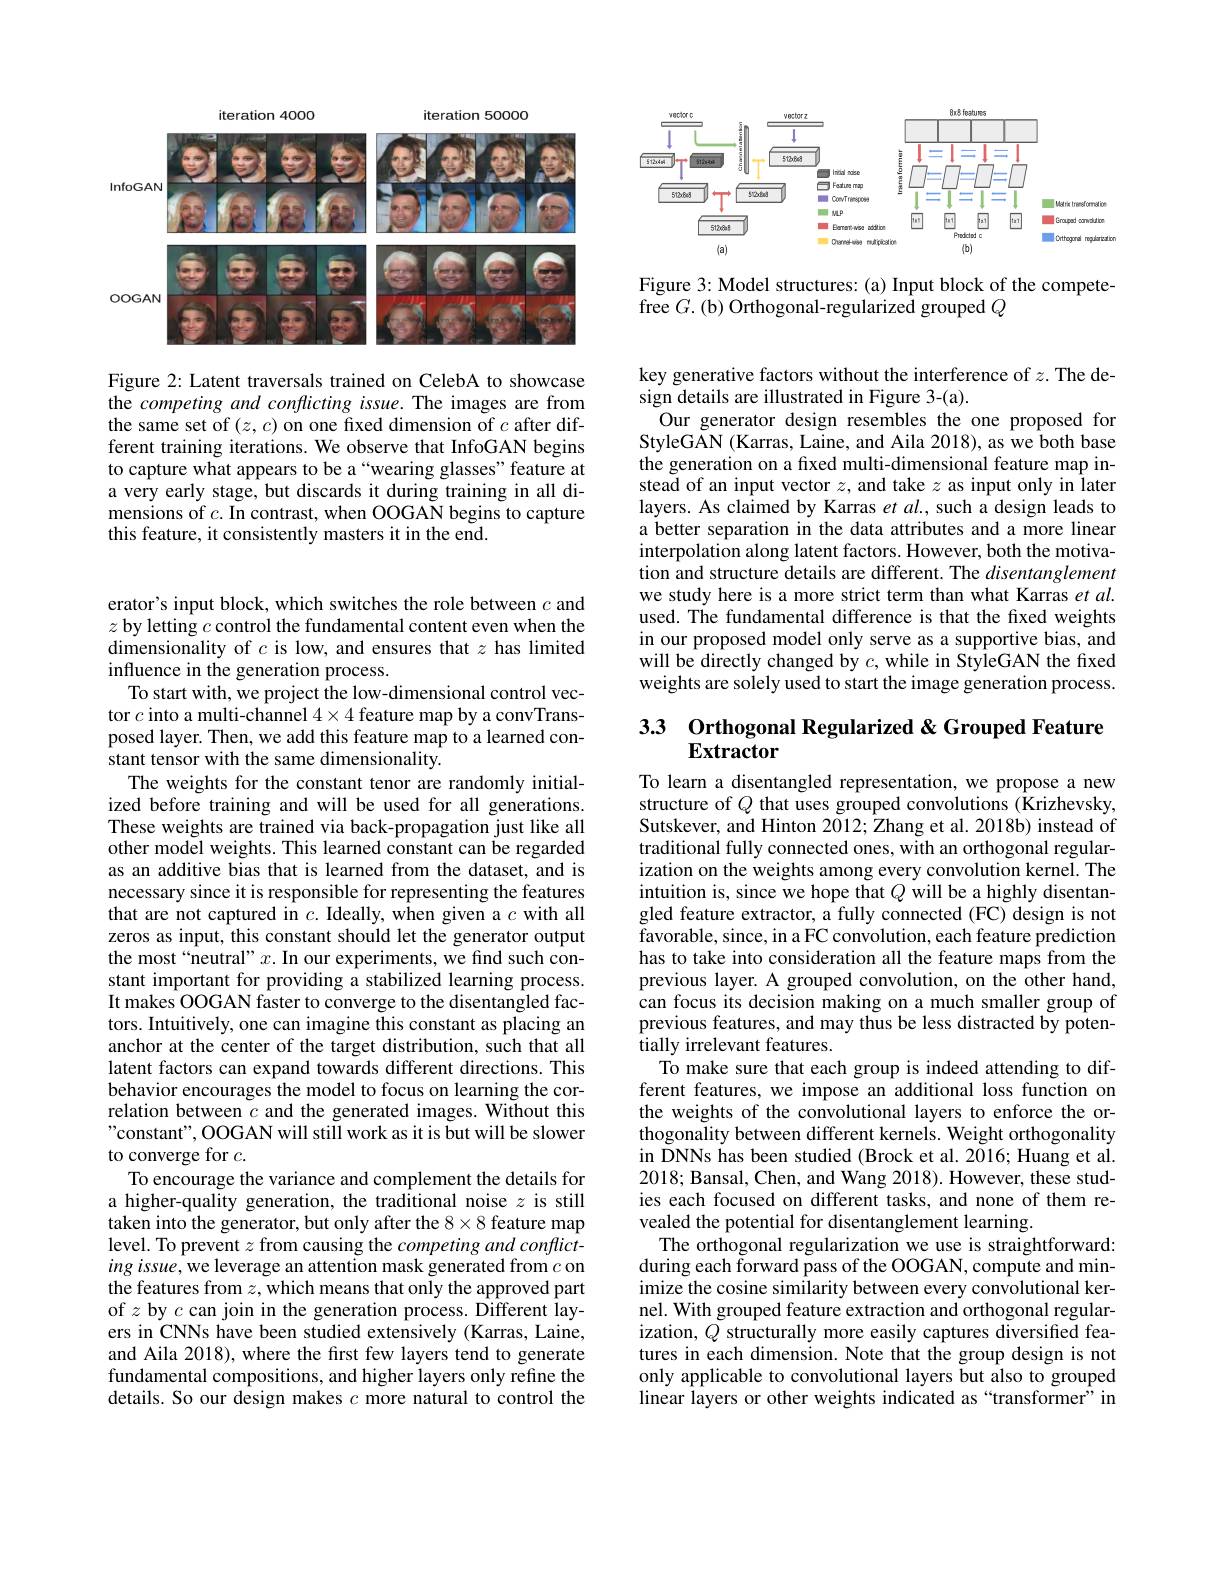
<FigureHere>

Figure 2: Latent traversals trained on CelebA to showcase the competing and conflicting issue. The images are from the same set of $(z,c)$ on one fixed dimension of $c$ after different training iterations. We observe that InfoGAN begins to capture what appears to be a“wearing glasses”feature at a very early stage, but discards it during training in all dimensions of $c.$ In contrast, when OOGAN begins to capture this feature, it consistently masters it in the end.

erator's input block, which switches the role between $c$ and $z$ by letting $c$ control the fundamental content even when the dimensionality of $c$ is low, and ensures that $z$ has limited influence in the generation process.
To start with, we project the low-dimensional control vector $c$ into a multi-channel $4\times4$ feature map by a convTransposed layer. Then, we add this feature map to a learned constant tensor with the same dimensionality.
The weights for the constant tenor are randomly initialized before training and will be used for all generations. These weights are trained via back-propagation just like all other model weights. This learned constant can be regarded as an additive bias that is learned from the dataset, and is necessary since it is responsible for representing the features that are not captured in $c.$ Ideally, when given a $c$ with all zeros as input, this constant should let the generator output the most“neutral”$x.$ In our experiments, we find such constant important for providing a stabilized learning process. It makes OOGAN faster to converge to the disentangled factors. Intuitively, one can imagine this constant as placing an anchor at the center of the target distribution, such that all latent factors can expand towards different directions. This behavior encourages the model to focus on learning the correlation between $c$ and the generated images. Without this "constant", OOGAN will still work as it is but will be slower to converge for $c.$
To encourage the variance and complement the details for a higher-quality generation, the traditional noise $z$ is still taken into the generator, but only after the 8×8 feature map level. To prevent $z$ from causing the competing and conflicting issue, we leverage an attention mask generated from $c$ on the features from $z$, which means that only the approved part of $z$ by $c$ can join in the generation process. Different layers in CNNs have been studied extensively (Karras, Laine, and Aila 2018), where the first few layers tend to generate fundamental compositions, and higher layers only refine the details. So our design makes $c$ more natural to control the

<FigureHere>

Figure 3: Model structures: (a) Input block of the compete-
free $G.($b) Orthogonal-regularized grouped $Q$

key generative factors without the interference of $z.$ The de-
sign details are illustrated in Figure 3-(a).
Our generator design resembles the one proposed for StyleGAN (Karras, Laine, and Aila 2018), as we both base the generation on a fred multi-dimensional feature map instead of an input vector $z$, and take $z$ as input only in later layers. As claimed by Karras et al., such a design leads to a better separation in the data attributes and a more linear interpolation along latent factors. However, both the motivation and structure details are different. The disentanglement we study here is a more strict term than what Karras et $al.$ used. The fundamental difference is that the fixed weights in our proposed model only serve as a supportive bias, and will be directly changed by $c$, while in StyleGAN the fixed weights are solely used to start the image generation process.

## 33 Orthogonal Regularized & Grouped Feature $\mathbf{Extractor}$

To learn a disentangled representation, we propose a new structure of $Q$ that uses grouped convolutions (Krizhevsky, Sutskever, and Hinton 2012; Zhang et al. 2018b) instead of traditional fully connected ones, with an orthogonal regularization on the weights among every convolution kernel. The intuition is, since we hope that $Q$ will be a highly disentangled feature extractor, a fully connected (FC) design is not favorable, since, in a FC convolution, each feature prediction has to take into consideration all the feature maps from the previous layer. A grouped convolution, on the other hand, can focus its decision making on a much smaller group of previous features, and may thus be less distracted by potentially irrelevant features.
To make sure that each group is indeed attending to different features, we impose an additional loss function on the weights of the convolutional layers to enforce the orthogonality between different kernels. Weight orthogonality in DNNs has been studied (Brock et al. 2016; Huang et al. 2018; Bansal, Chen, and Wang 2018). However, these studies each focused on different tasks, and none of them revealed the potential for disentanglement learning.
The orthogonal regularization we use is straightforward: during each forward pass of the OOGAN, compute and minimize the cosine similarity between every convolutional kernel. With grouped feature extraction and orthogonal regularization, $Q$ structurally more easily captures diversified features in each dimension. Note that the group design is not only applicable to convolutional layers but also to grouped linear layers or other weights indicated as “transformer”in